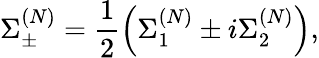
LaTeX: \Sigma_{\pm}^{(N)}=\frac{1}{2}\left(\Sigma_{1}^{(N)}\pm i\Sigma_{2}^{(N)}\right),